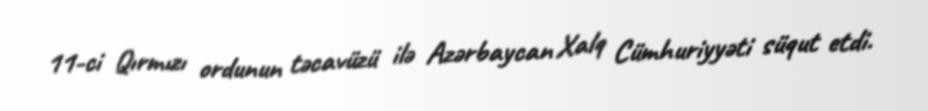
11-ci Qırmızı ordunun təcavüzü ilə Azərbaycan Xalq Cümhuriyyəti süqut etdi.